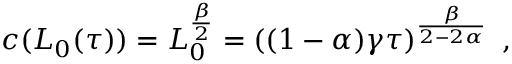
\begin{array} { r } { c ( L _ { 0 } ( \tau ) ) = L _ { 0 } ^ { \frac { \beta } { 2 } } = \left( ( 1 - \alpha ) \gamma \tau \right) ^ { \frac { \beta } { 2 - 2 \alpha } } \ , } \end{array}